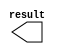
module npix_min (
	result);

	output	[18:0]  result;

endmodule